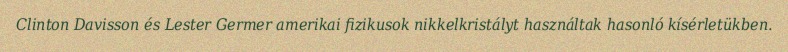
Clinton Davisson és Lester Germer amerikai fizikusok nikkelkristályt használtak hasonló kísérletükben.